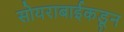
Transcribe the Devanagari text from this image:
सोयराबाईकडून